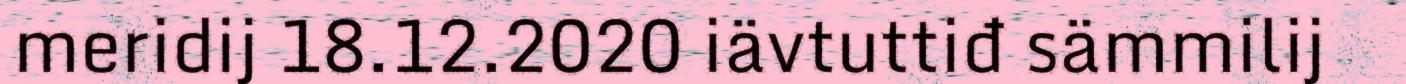
meridij 18.12.2020 iävtuttiđ sämmilij